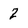
Character: 2